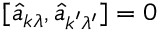
[ \hat { a } _ { \boldsymbol { k } \lambda } , \hat { a } _ { \boldsymbol { k } ^ { \prime } \lambda ^ { \prime } } ] = 0